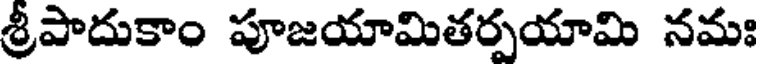
శ్రీపాదుకాం పూజయామితర్పయామి నమః